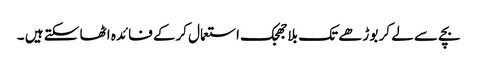
بچے سے لے کر بوڑھے تک بلاجھجک استعمال کرکے فائدہ اٹھا سکتے ہیں ۔